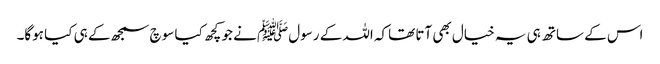
اس کے ساتھ ہی یہ خیال بھی آتا تھاکہ اللہ کے رسولﷺ نے جو کچھ کیا سوچ سمجھ کے ہی کیا ہوگا۔